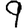
Digit: 9